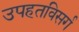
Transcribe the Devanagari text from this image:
उपहतविसर्ग